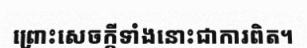
ព្រោះសេចក្តីទាំងនោះជាការពិត។